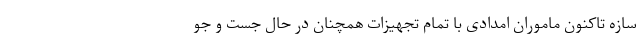
سازه تاکنون ماموران امدادی با تمام تجهیزات همچنان در حال جست و جو